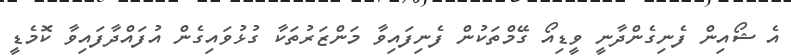
އެ ޝޯއިން ފެނިގެންދާނީ ވީޑިއޯ ގޭމްތަކުން ފެނިފައިވާ މަންޒަރުތަކާ ގުޅުވައިގެން އުފައްދާފައިވާ ކޮމެޑީ